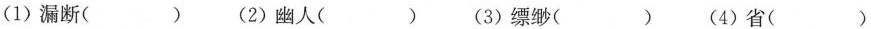
(1)漏断( ) (2)幽人( ) (3)缥缈( ) (4)省( )